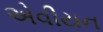
એવીયન